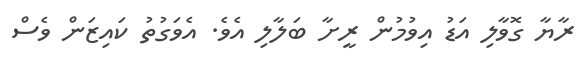
ރާޔާ ގޮވާލި އަޑު އިވުމުން ރީށާ ބަލާލި އެވެ. އެވަގުތު ކައިޒަން ވެސް